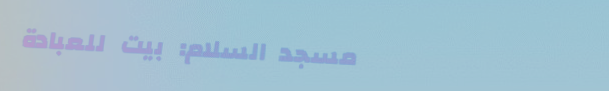
مسجد السلام: بيت للعبادة